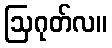
ဩဂုတ်လ။